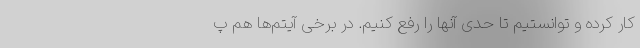
کار کرده و توانستیم تا حدی آنها را رفع کنیم. در برخی آیتم‌ها هم پ